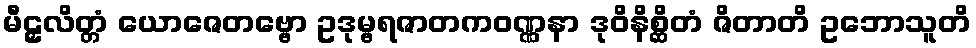
မီဠှလိတ္တံ ယောဇေတဗ္ဗော ဥဒုမ္ဗရဇာတကဝဏ္ဏနာ ဒုဝိနိစ္ဆိတံ ဇိတာတိ ဥဘောသူတိ